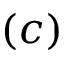
( c )